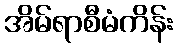
အိမ်ရာစီမံကိန်း